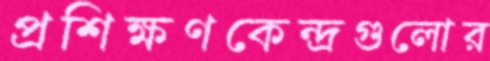
প্রশিক্ষণকেন্দ্রগুলোর